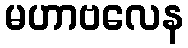
မဟာဗလေန